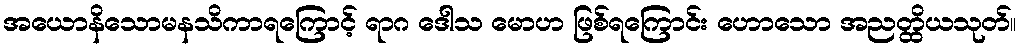
အယောနိသောမနသိကာရကြောင့် ရာဂ ဒေါသ မောဟ ဖြစ်ရကြောင်း ဟောသော အညတ္ထိယသုတ်။